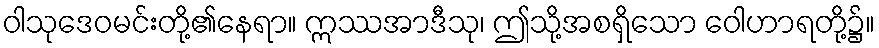
ဝါသုဒေဝမင်းတို့၏နေရာ။ ဣဿအာဒီသု၊ ဤသို့အစရှိသော ဝေါဟာရတို့၌။